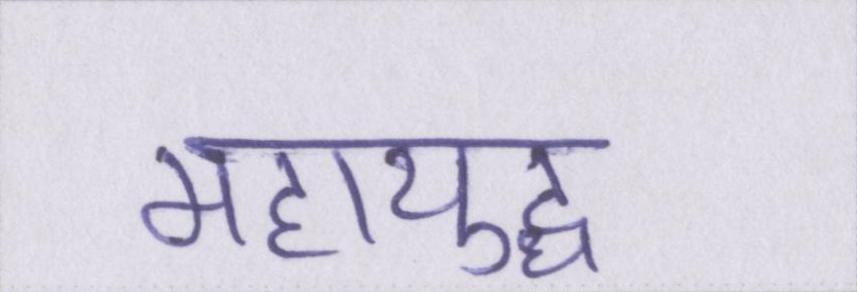
महायुद्ध